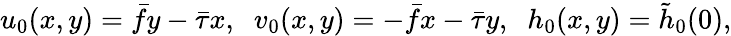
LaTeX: u_{0}(x,y)=\bar{f}y-\bar{\tau}x,\; \; v_{0}(x,y)=-\bar{f}x-\bar{\tau}y,\; \; h_{0}(x,y)=\tilde{h}_{0}(0),